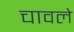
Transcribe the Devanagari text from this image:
चावले